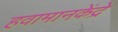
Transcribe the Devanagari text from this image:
हवामानकेंद्रे